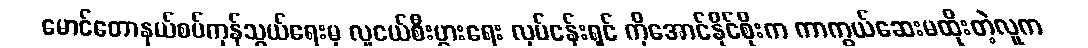
မောင်တောနယ်စပ်ကုန်သွယ်ရေးမှ လူငယ်စီးပွားရေး လုပ်ငန်းရှင် ကိုအောင်နိုင်စိုးက ကာကွယ်ဆေးမထိုးတဲ့လူက